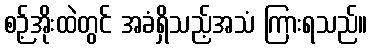
စဉ့်အိုးထဲတွင် အခံရှိသည့်အသံ ကြားရသည်။